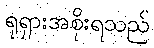
ရုရှားအစိုးရသည်